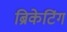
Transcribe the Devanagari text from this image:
ब्रिकेटिंग